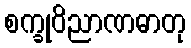
စက္ခုဝိညာဏဓာတု